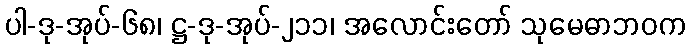
ပါ-ဒု-အုပ်-၆၈၊ ဋ္ဌ-ဒု-အုပ်-၂၁၁၊ အလောင်းတော် သုမေဓာဘဝက